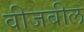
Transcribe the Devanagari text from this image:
वीजबील